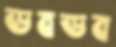
ডবডব